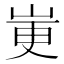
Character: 𫵼